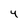
Character: 4